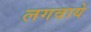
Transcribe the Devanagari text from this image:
लगवाये